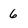
Character: 6